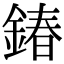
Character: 𨩃